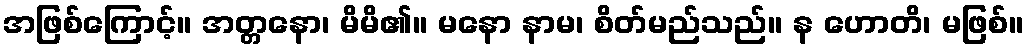
အဖြစ်ကြောင့်။ အတ္တနော၊ မိမိ၏။ မနော နာမ၊ စိတ်မည်သည်။ န ဟောတိ၊ မဖြစ်။